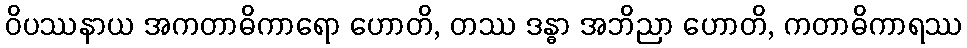
ဝိပဿနာယ အကတာဓိကာရော ဟောတိ, တဿ ဒန္ဓာ အဘိညာ ဟောတိ, ကတာဓိကာရဿ